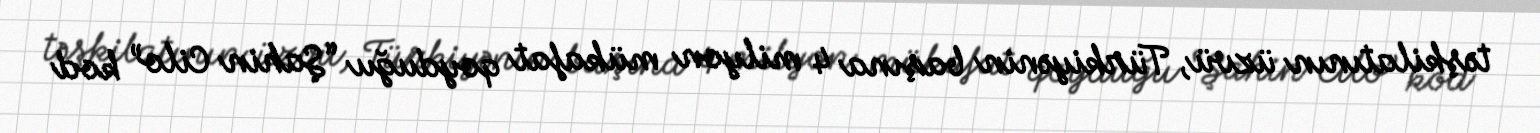
təşkilatının üzvü, Türkiyənin başına 4 milyon mükafat qoyduğu “Şahin Cilo” kod